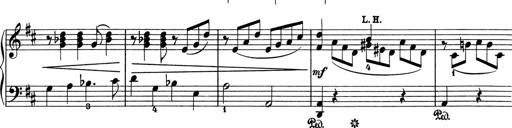
Title: 5 Sonatinen fÃ¼r die Jugend
Composer: Carl Reinecke